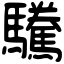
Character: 驣